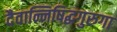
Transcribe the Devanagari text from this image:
दैवान्निषिद्धगुरुगा